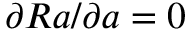
\partial R a / \partial a = 0